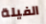
الفيلة